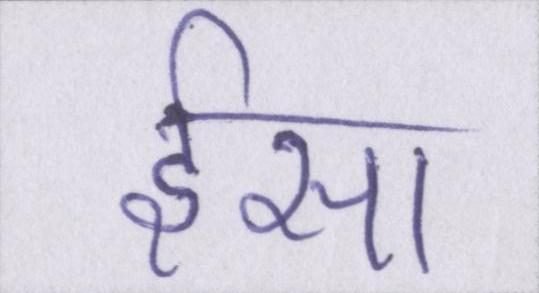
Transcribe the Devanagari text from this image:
ईसा